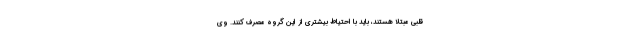
قلبی مبتلا هستند، باید با احتیاط بیشتری از این گروه مصرف کنند. وی